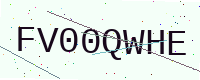
Text: FV00QWHE